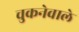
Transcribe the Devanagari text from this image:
चुकनेवाले